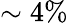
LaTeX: \sim 4\%